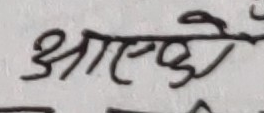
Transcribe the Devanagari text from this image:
आएकी